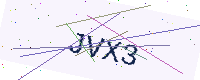
Text: JVX3